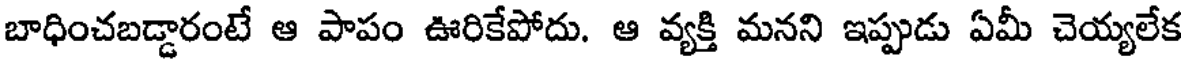
బాధించబడ్డారంటే ఆ పాపం ఊరికేపోదు. ఆ వ్యక్తి మనని ఇప్పుడు ఏమీ చెయ్యలేక